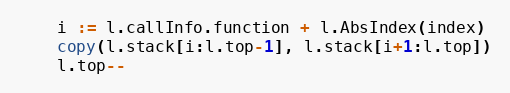
Language: Go
	i := l.callInfo.function + l.AbsIndex(index)
	copy(l.stack[i:l.top-1], l.stack[i+1:l.top])
	l.top--